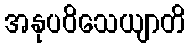
အနုပဝိသေယျာတိ